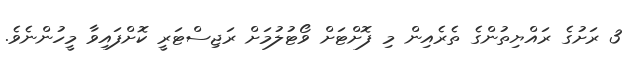
3 ރަށުގެ ރައްޔިތުންގެ ތެރެއިން މި ފޮށްޓަށް ވޯޓުލުމަށް ރަޖިސްޓަރީ ކޮށްފައިވާ މީހުންނެވެ.